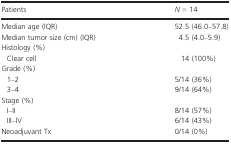
<table><thead><tr><td><b>Patients</b></td><td><b><i>N</i> = 14</b></td></tr></thead><tbody><tr><td>Median age (IQR)</td><td>52.5 (46.0–57.8)</td></tr><tr><td>Median tumor size (cm) (IQR)</td><td>4.5 (4.0–5.9)</td></tr><tr><td colspan="2">Histology (%)</td></tr><tr><td> Clear cell</td><td>14 (100%)</td></tr><tr><td colspan="2">Grade (%)</td></tr><tr><td> 1–2</td><td>5/14 (36%)</td></tr><tr><td> 3–4</td><td>9/14 (64%)</td></tr><tr><td colspan="2">Stage (%)</td></tr><tr><td> I–II</td><td>8/14 (57%)</td></tr><tr><td> III–IV</td><td>6/14 (43%)</td></tr><tr><td>Neoadjuvant Tx</td><td>0/14 (0%)</td></tr></tbody></table>